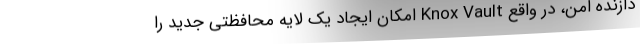
دازنده امن، در واقع Knox Vault امکان ایجاد یک لایه محافظتی جدید را